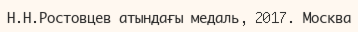
Н.Н.Ростовцев атындағы медаль, 2017. Москва